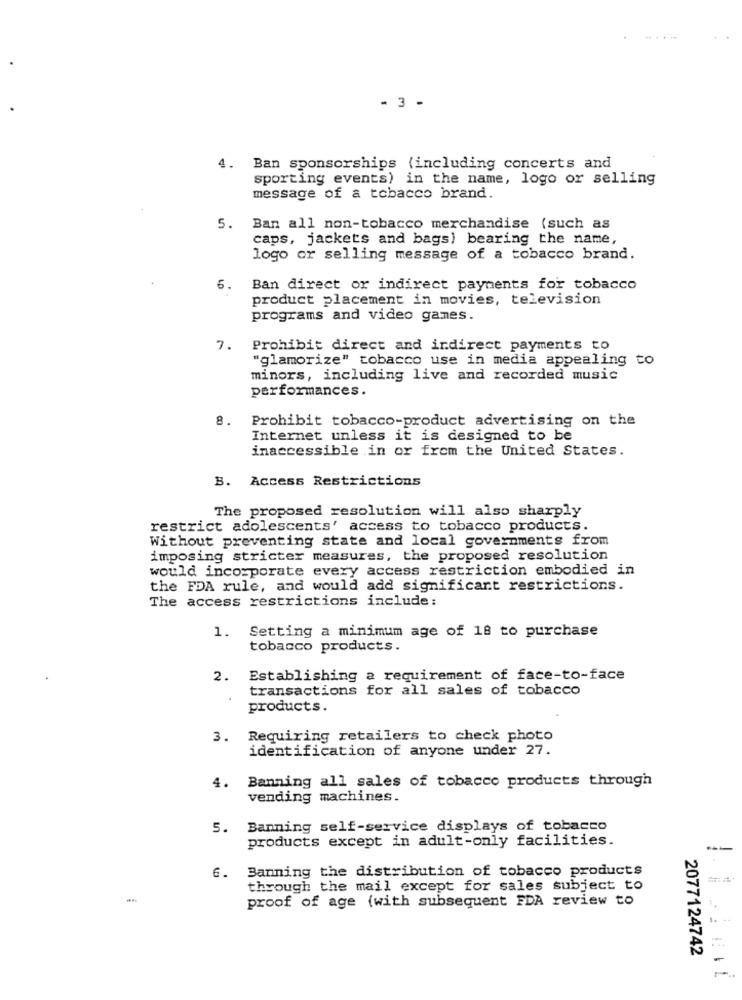
- 3 -
4.
Ban sponsorships (including concerts and
sporting events) in the name, logo or selling
message of a tobacco brand
5.
Ban all non-tobacco merchandise (such as
caps, jackets and bags) bearing the name,
logo or selling message of a tobacco brand.
6.
Ban direct or indirect payments for tobacco
product placement in movies, television
programs and video games.
7.
Prohibit direct and indirect payments to
"glamorize" tobacco use in media appealing to
minors, including live and recorded music
performances .
8.
Prohibit tobacco-product advertising on the
Internet unless it is designed to be
inaccessible in or from the United States.
B. Access Restrictions
The proposed resolution will also sharply
restrict adolescents' access to tobacco products.
Without preventing state and local governments from
imposing stricter measures, the proposed resolution
would incorporate every access restriction embodied in
the FDA rule, and would add significant restrictions.
The access restrictions include:
Setting a minimum age of 18 to purchase
1.
tobacco products.
2. Establishing a requirement of face-to-face
transactions for all sales of tobacco
products.
3. Requiring retailers to check photo
identification of anyone under 27.
4. Banning all sales of tobacco products through
vending machines.
5. Banning self-service displays of tobacco
products except in adult-only facilities.
6. Banning the distribution of tobacco products
through the mail except for sales subject to
proof of age (with subsequent FDA review to
2077124742